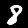
Digit: 8